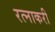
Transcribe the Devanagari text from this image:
रत्नाकरी